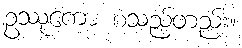
ဥဿုကော စသည်တည်း။